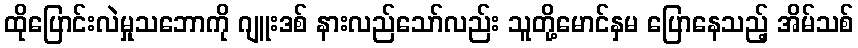
ထိုပြောင်းလဲမှုသဘောကို ဂျူးဒစ် နားလည်သော်လည်း သူတို့မောင်နှမ ပြောနေသည့် အိမ်သစ်